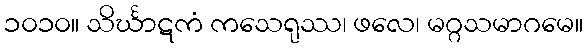
၁၀၁၀။ သိင်္ဃာဋကံ ကသေရုဿ၊ ဖလေ၊ မဂ္ဂသမာဂမေ။